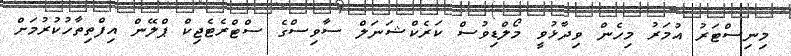
މިނިސްޓަރު އުމަރު މިހެން ވިދާޅުވީ މޯލްޑިވުސް ކަރެކްޝަނަލް ސާވިސްގެ ސްޓްރެޓެޖިކް ޕްލޭން އިފްތިތާހުކުރުމަށް